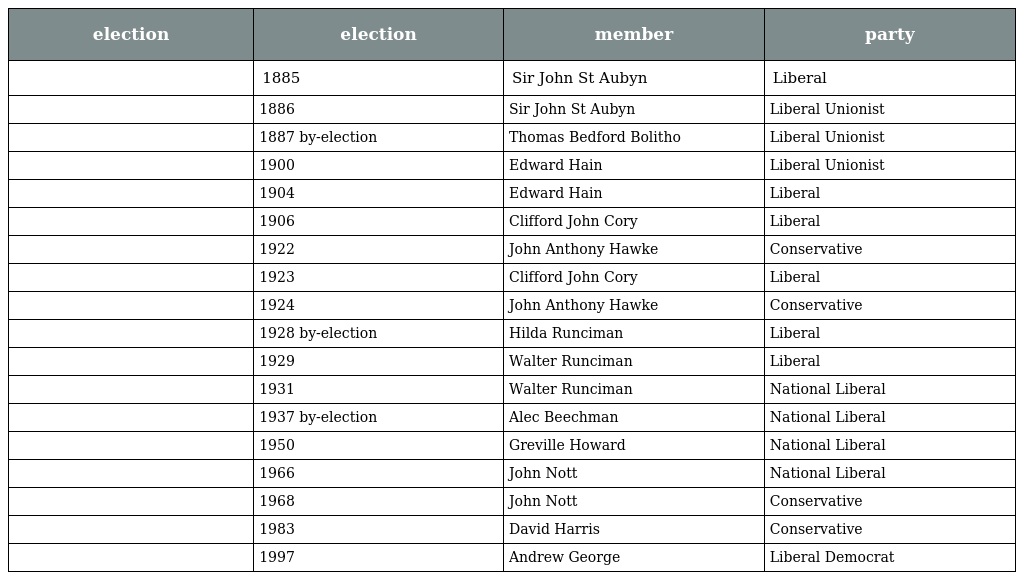
| election | election | member | party |
 | --- | --- | --- | --- |
 |  | 1885 | Sir John St Aubyn | Liberal |
 |  | 1886 | Sir John St Aubyn | Liberal Unionist |
 |  | 1887 by-election | Thomas Bedford Bolitho | Liberal Unionist |
 |  | 1900 | Edward Hain | Liberal Unionist |
 |  | 1904 | Edward Hain | Liberal |
 |  | 1906 | Clifford John Cory | Liberal |
 |  | 1922 | John Anthony Hawke | Conservative |
 |  | 1923 | Clifford John Cory | Liberal |
 |  | 1924 | John Anthony Hawke | Conservative |
 |  | 1928 by-election | Hilda Runciman | Liberal |
 |  | 1929 | Walter Runciman | Liberal |
 |  | 1931 | Walter Runciman | National Liberal |
 |  | 1937 by-election | Alec Beechman | National Liberal |
 |  | 1950 | Greville Howard | National Liberal |
 |  | 1966 | John Nott | National Liberal |
 |  | 1968 | John Nott | Conservative |
 |  | 1983 | David Harris | Conservative |
 |  | 1997 | Andrew George | Liberal Democrat |